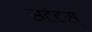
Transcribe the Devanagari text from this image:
स्टंटस्